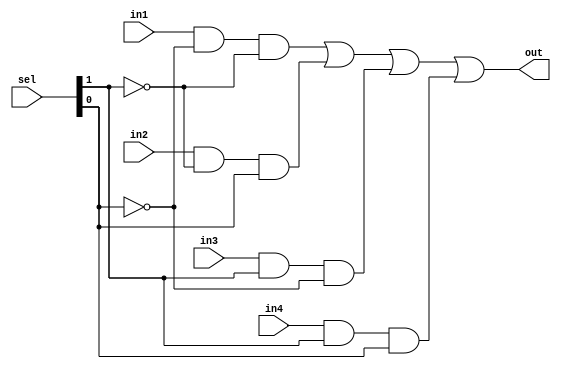
module mux_4to1(out,in1, in2, in3, in4,sel);
input in1, in2, in3, in4;
input [1:0] sel;
output out;
wire a,b,c,d,n1,n2,a1,a2,a3,a4;
not n(n1,sel[0]);
not nn(n2,sel[1]);
and (a1,in1,n1,n2);
and (a2,in2,n2,sel[0]);
and (a3,in3,sel[1],n1);
and (a4,in4,sel[1],sel[0]);
or or1(out,a1,a2,a3,a4);
endmodule